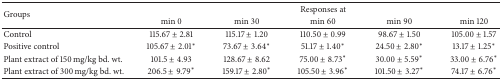
| <ROWSPAN=2> Groups | <COLSPAN=5> Responses at |
 | min 0 | min 30 | min 60 | min 90 | min 120 |
 | --- | --- | --- | --- | --- | --- |
 | Control | 115.67 ± 2.81 | 115.17 ± 1.20 | 110.50 ± 0.99 | 98.67 ± 1.50 | 105.00 ± 1.57 |
 | Positive control | 105.67 ± 2.01* | 73.67 ± 3.64* | 51.17 ± 1.40* | 24.50 ± 2.80* | 13.17 ± 1.25* |
 | Plant extract of 150 mg/kg bd. wt. | 101.5 ± 4.93 | 128.67 ± 8.62 | 75.00 ± 8.73* | 30.00 ± 5.59* | 33.00 ± 6.76* |
 | Plant extract of 300 mg/kg bd. wt. | 206.5 ± 9.79* | 159.17 ± 2.80* | 105.50 ± 3.96* | 101.50 ± 3.27* | 74.17 ± 6.76* |